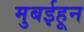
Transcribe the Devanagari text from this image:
मुबईहून